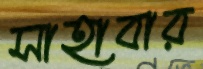
সাহাবার